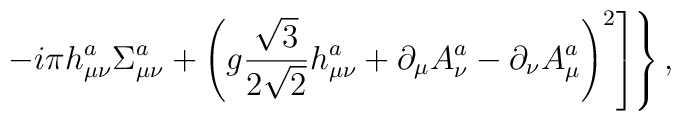
\left.\left.-i\pi h_{\mu\nu}^a\Sigma_{\mu\nu}^a+\left(g\frac{\sqrt{3}}{2\sqrt{2}}h_{\mu\nu}^a+\partial_\mu A_\nu^a-\partial_\nu A_\mu^a\right)^2\right]\right\},